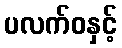
ပလက်ဝနှင့်